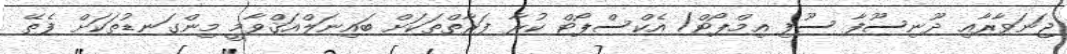
ޖަނަވާރާއި ދޫނިސޫފާ ސޫފި އިމްޕޯޓް/ އެކްސްޕޯޓް ކުރާ ފަރާތްތަކަށް ބައިނަލްއަޤްވާމީ މިންގަނޑުތަކަށް ފެތޭ